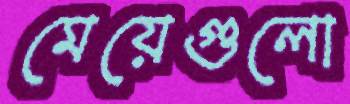
মেয়েগুলো